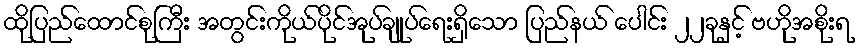
ထိုပြည်ထောင်စုကြီး အတွင်းကိုယ်ပိုင်အုပ်ချုပ်ရေးရှိသော ပြည်နယ် ပေါင်း ၂၂ခုနှင့် ဗဟိုအစိုးရ